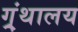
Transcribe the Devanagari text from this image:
ग्र्ंथालय